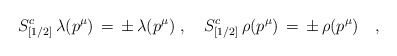
\begin{align*}S^c_{[1/2]}\,\lambda(p^\mu)\,=\,\pm\,\lambda(p^\mu)\,\,,\quad S^c_{[1/2]}\,\rho(p^\mu)\,=\,\pm\,\rho(p^\mu)\quad,\end{align*}